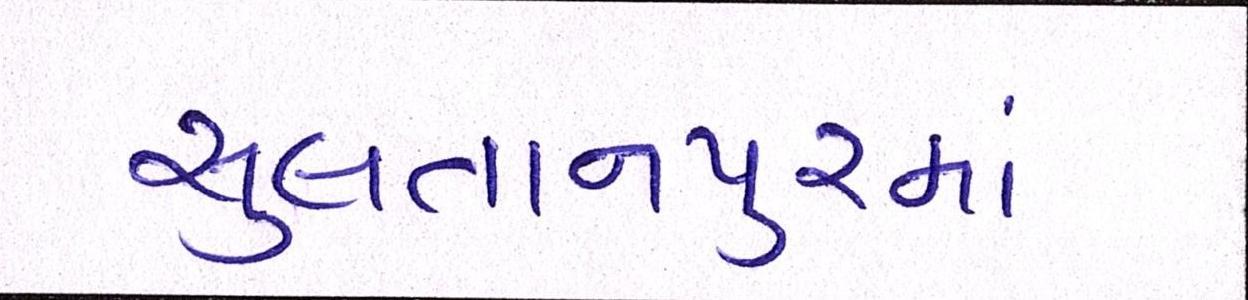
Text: સુલતાનપુરમાં